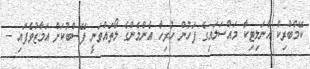
ކޭމްބްރިކް އެނަލިޓިކާ މައްސަލައިގެ ފަހުން ހުރިހާ އެންމެންގެ ލޯތައްވަނީ ފޭސްބުކަށް އަމާޒުވެފައި --